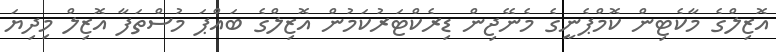
އޮޒިލްގެ މާކެޓިން ކޮމްޕެނީގެ މެނޭޖިން ޑިރެކްޓަރުކަމުން އޮޒިލްގެ ބައްޕަ މުސްތަފާ އޮޒިލް މިދިޔަ